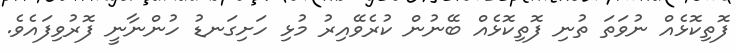
ފޮތިކޮޅެއް ނުވަތަ ތުނި ފޮތިކޮޅެއް ބޭނުން ކުރެވޭއިރު މުޅި ހަށިގަނޑު ހުންނާނީ ފޮރުވިފައެވެ.